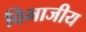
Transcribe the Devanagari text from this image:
विभाजीय